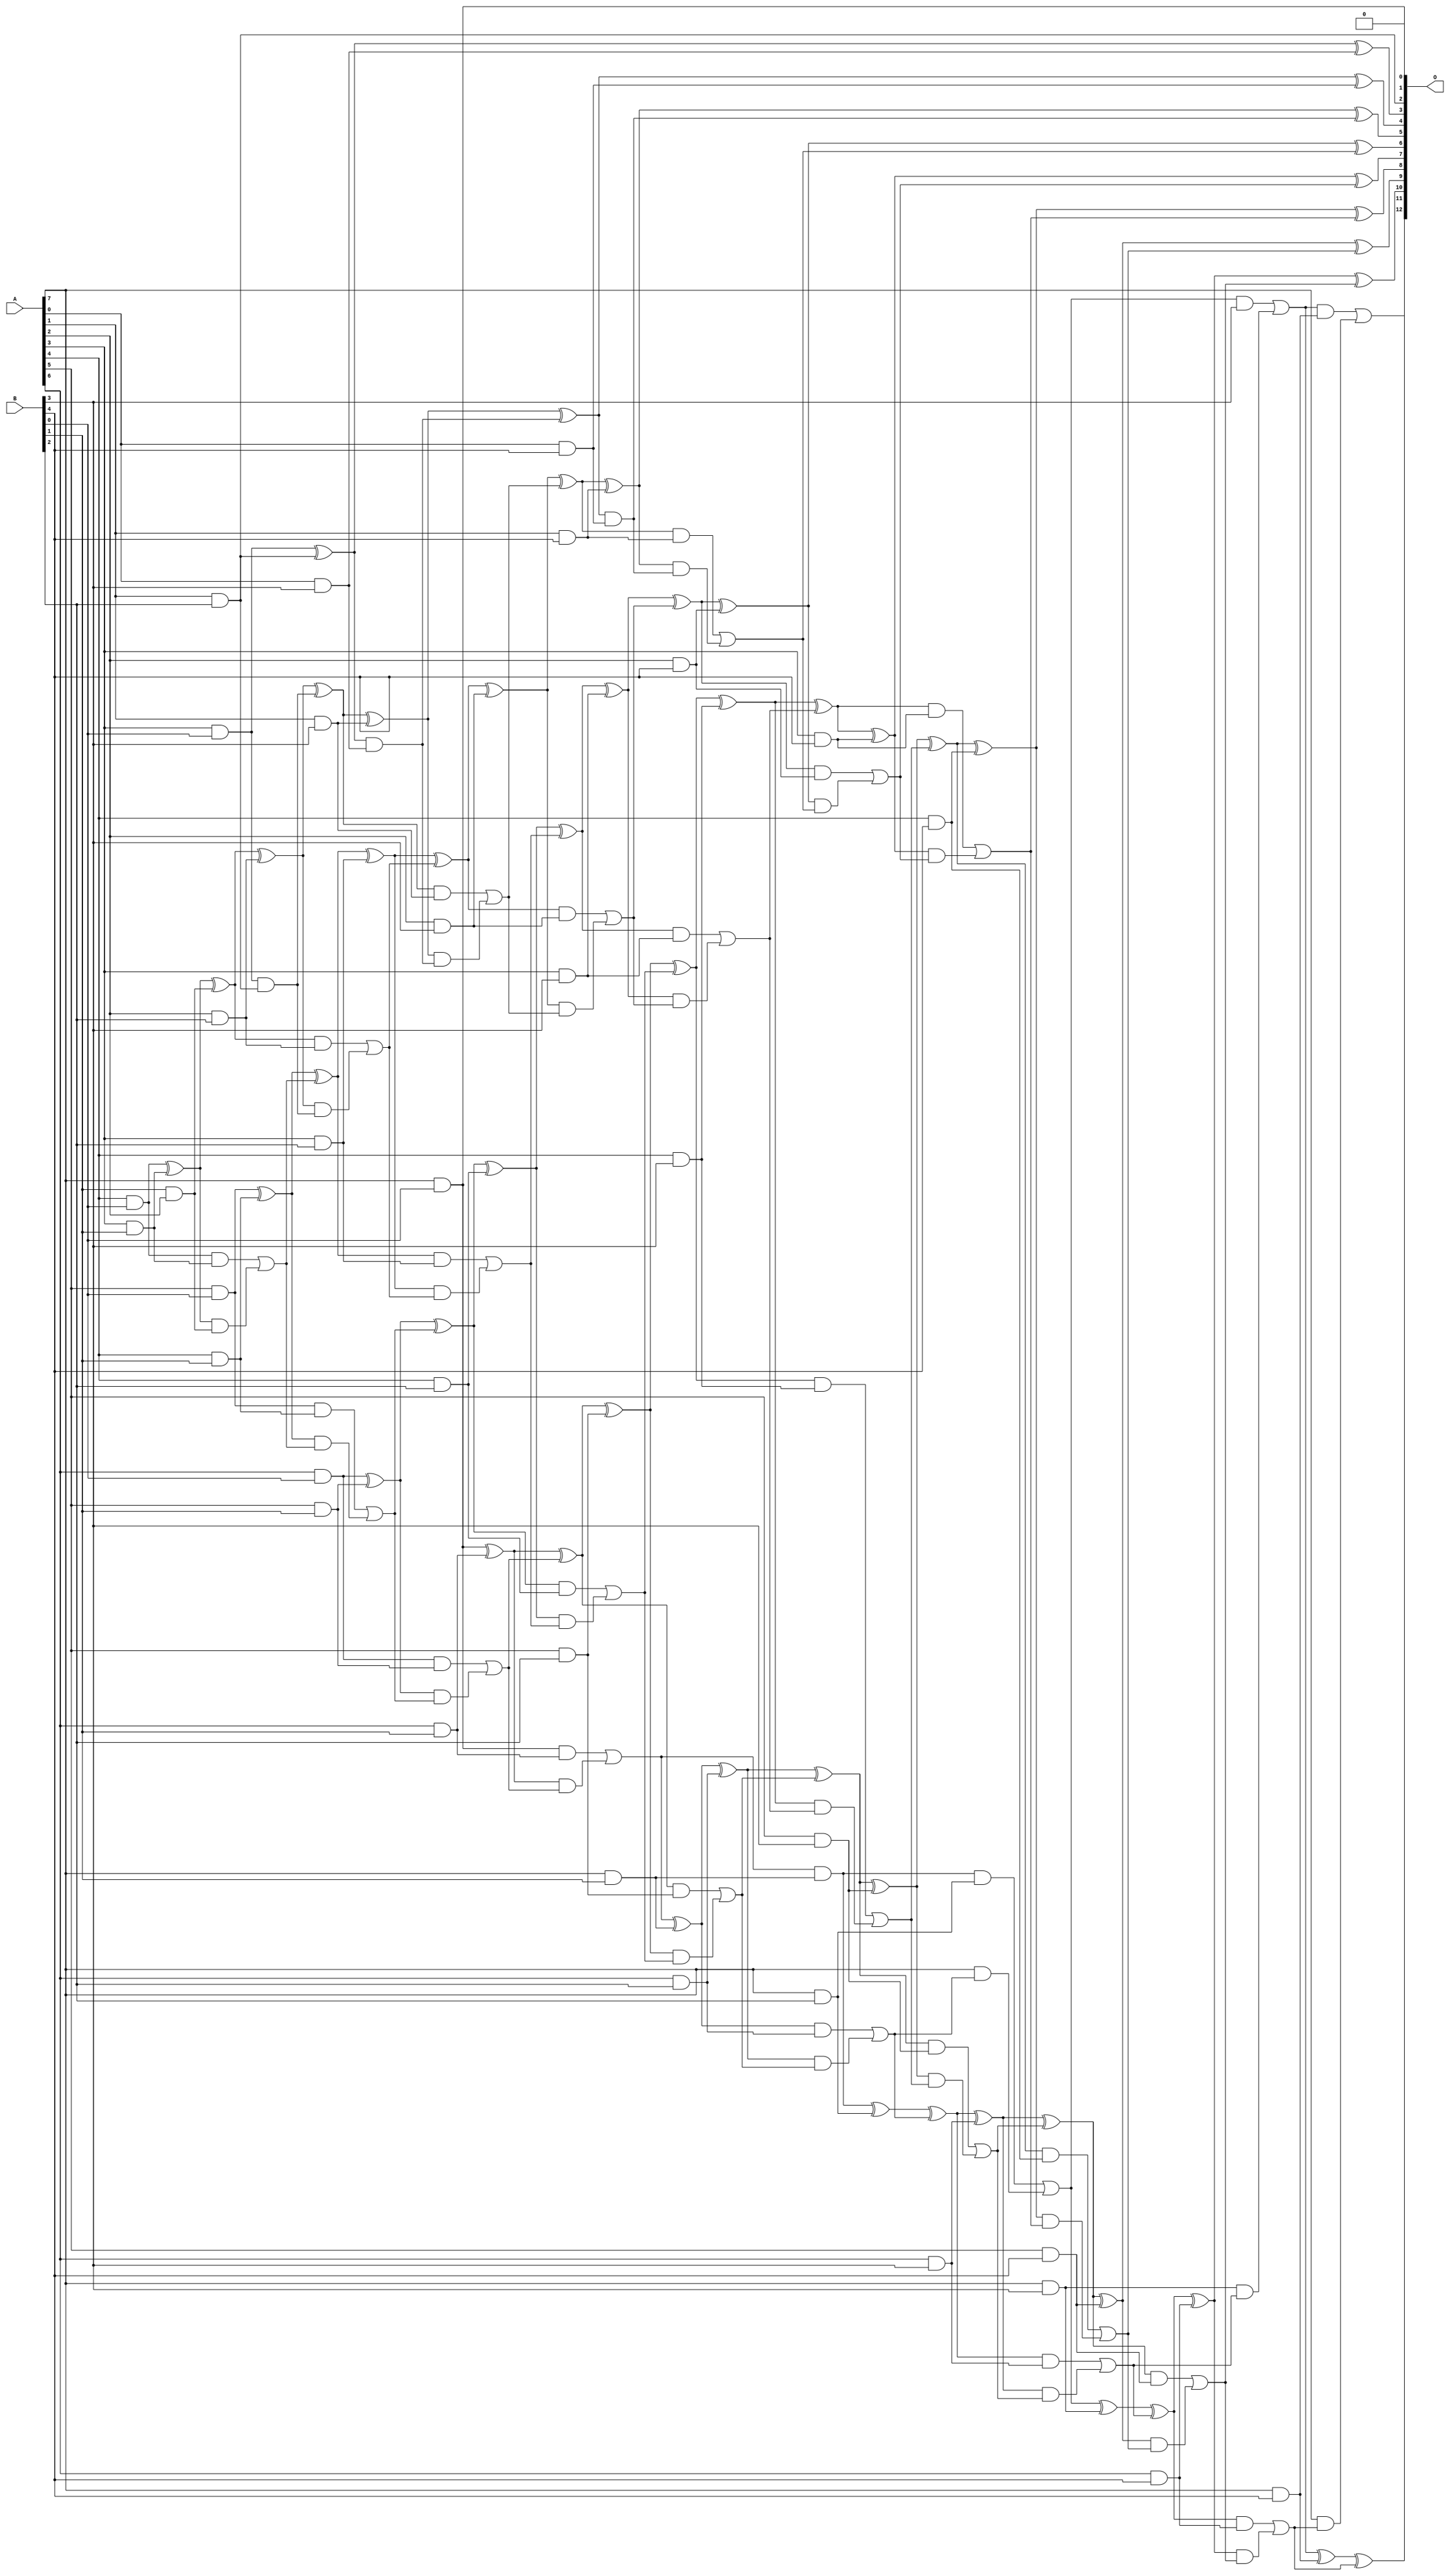
// This program was cloned from: https://github.com/ehw-fit/evoapproxlib
// License: MIT License

/***
* This code is a part of EvoApproxLib library (ehw.fit.vutbr.cz/approxlib) distributed under The MIT License.
* When used, please cite the following article(s): V. Mrazek, L. Sekanina, Z. Vasicek "Libraries of Approximate Circuits: Automated Design and Application in CNN Accelerators" IEEE Journal on Emerging and Selected Topics in Circuits and Systems, Vol 10, No 4, 2020 
* This file contains a circuit from a sub-set of pareto optimal circuits with respect to the pwr and ep parameters
***/
// MAE% = 0.036 %
// MAE = 3.0 
// WCE% = 0.11 %
// WCE = 9.0 
// WCRE% = 100.00 %
// EP% = 70.31 %
// MRE% = 1.03 %
// MSE = 16 
// PDK45_PWR = 0.176 mW
// PDK45_AREA = 367.9 um2
// PDK45_DELAY = 1.19 ns

module mul8x5u_3BF (
    A,
    B,
    O
);

input [7:0] A;
input [4:0] B;
output [12:0] O;

wire sig_16,sig_17,sig_18,sig_19,sig_20,sig_24,sig_25,sig_26,sig_27,sig_28,sig_30,sig_32,sig_41,sig_43,sig_44,sig_45,sig_46,sig_47,sig_48,sig_49;
wire sig_50,sig_51,sig_52,sig_53,sig_54,sig_55,sig_56,sig_57,sig_58,sig_59,sig_60,sig_61,sig_62,sig_64,sig_65,sig_66,sig_67,sig_68,sig_69,sig_70;
wire sig_73,sig_74,sig_78,sig_79,sig_80,sig_81,sig_82,sig_83,sig_84,sig_85,sig_86,sig_87,sig_88,sig_89,sig_90,sig_91,sig_92,sig_93,sig_94,sig_95;
wire sig_96,sig_97,sig_98,sig_99,sig_100,sig_101,sig_102,sig_103,sig_104,sig_105,sig_106,sig_107,sig_108,sig_109,sig_110,sig_111,sig_112,sig_113,sig_114,sig_115;
wire sig_116,sig_117,sig_118,sig_119,sig_120,sig_121,sig_122,sig_123,sig_124,sig_125,sig_126,sig_127,sig_128,sig_129,sig_130,sig_131,sig_132,sig_133,sig_134,sig_135;
wire sig_136,sig_137,sig_138,sig_139,sig_140,sig_141,sig_142,sig_143,sig_144,sig_145,sig_146,sig_147,sig_148,sig_149,sig_150,sig_151,sig_152,sig_153,sig_154,sig_155;
wire sig_156,sig_157,sig_158,sig_159,sig_160,sig_161,sig_162,sig_163,sig_164,sig_165,sig_166,sig_167,sig_168,sig_169,sig_170,sig_171,sig_172,sig_173,sig_174,sig_175;
wire sig_176,sig_177,sig_178,sig_179,sig_180,sig_181,sig_182,sig_183,sig_184,sig_185,sig_186,sig_187,sig_188,sig_189,sig_190,sig_191,sig_192,sig_193,sig_194,sig_195;
wire sig_196,sig_197;

assign sig_16 = A[3] & B[0];
assign sig_17 = A[4] & B[0];
assign sig_18 = A[5] & B[0];
assign sig_19 = A[6] & B[0];
assign sig_20 = A[7] & B[0];
assign sig_24 = A[3] & B[1];
assign sig_25 = A[4] & B[1];
assign sig_26 = A[5] & B[1];
assign sig_27 = A[6] & B[1];
assign sig_28 = A[7] & B[1];
assign sig_30 = sig_17 & sig_24;
assign sig_32 = B[1] & A[2];
assign sig_41 = sig_17 ^ sig_24;
assign sig_43 = sig_41 & sig_32;
assign sig_44 = sig_41 ^ sig_32;
assign sig_45 = sig_30 | sig_43;
assign sig_46 = sig_18 ^ sig_25;
assign sig_47 = sig_18 & sig_25;
assign sig_48 = sig_46 & sig_45;
assign sig_49 = sig_46 ^ sig_45;
assign sig_50 = sig_47 | sig_48;
assign sig_51 = sig_19 ^ sig_26;
assign sig_52 = sig_19 & sig_26;
assign sig_53 = sig_51 & sig_50;
assign sig_54 = sig_51 ^ sig_50;
assign sig_55 = sig_52 | sig_53;
assign sig_56 = sig_20 ^ sig_27;
assign sig_57 = sig_20 & sig_27;
assign sig_58 = sig_56 & sig_55;
assign sig_59 = sig_56 ^ sig_55;
assign sig_60 = sig_57 | sig_58;
assign sig_61 = sig_60 & sig_28;
assign sig_62 = sig_60 ^ sig_28;
assign sig_64 = A[1] & B[2];
assign sig_65 = A[2] & B[2];
assign sig_66 = A[3] & B[2];
assign sig_67 = A[4] & B[2];
assign sig_68 = A[5] & B[2];
assign sig_69 = A[6] & B[2];
assign sig_70 = A[7] & B[2];
assign sig_73 = sig_16 ^ sig_64;
assign sig_74 = sig_16 & sig_64;
assign sig_78 = sig_44 ^ sig_65;
assign sig_79 = sig_44 & sig_65;
assign sig_80 = sig_78 & sig_74;
assign sig_81 = sig_78 ^ sig_74;
assign sig_82 = sig_79 | sig_80;
assign sig_83 = sig_49 ^ sig_66;
assign sig_84 = sig_49 & sig_66;
assign sig_85 = sig_83 & sig_82;
assign sig_86 = sig_83 ^ sig_82;
assign sig_87 = sig_84 | sig_85;
assign sig_88 = sig_54 ^ sig_67;
assign sig_89 = sig_54 & sig_67;
assign sig_90 = sig_88 & sig_87;
assign sig_91 = sig_88 ^ sig_87;
assign sig_92 = sig_89 | sig_90;
assign sig_93 = sig_59 ^ sig_68;
assign sig_94 = sig_59 & sig_68;
assign sig_95 = sig_93 & sig_92;
assign sig_96 = sig_93 ^ sig_92;
assign sig_97 = sig_94 | sig_95;
assign sig_98 = sig_62 ^ sig_69;
assign sig_99 = sig_62 & sig_69;
assign sig_100 = sig_98 & sig_97;
assign sig_101 = sig_98 ^ sig_97;
assign sig_102 = sig_99 | sig_100;
assign sig_103 = sig_61 ^ sig_70;
assign sig_104 = sig_61 & sig_70;
assign sig_105 = A[7] & sig_102;
assign sig_106 = sig_103 ^ sig_102;
assign sig_107 = sig_104 | sig_105;
assign sig_108 = A[0] & B[3];
assign sig_109 = A[1] & B[3];
assign sig_110 = A[2] & B[3];
assign sig_111 = A[3] & B[3];
assign sig_112 = A[4] & B[3];
assign sig_113 = A[5] & B[3];
assign sig_114 = A[6] & B[3];
assign sig_115 = A[7] & B[3];
assign sig_116 = sig_73 & sig_108;
assign sig_117 = sig_73 ^ sig_108;
assign sig_118 = sig_81 ^ sig_109;
assign sig_119 = sig_81 & sig_109;
assign sig_120 = sig_118 & sig_116;
assign sig_121 = sig_118 ^ sig_116;
assign sig_122 = sig_119 | sig_120;
assign sig_123 = sig_86 ^ sig_110;
assign sig_124 = sig_86 & sig_110;
assign sig_125 = sig_123 & sig_122;
assign sig_126 = sig_123 ^ sig_122;
assign sig_127 = sig_124 | sig_125;
assign sig_128 = sig_91 ^ sig_111;
assign sig_129 = sig_91 & sig_111;
assign sig_130 = sig_128 & sig_127;
assign sig_131 = sig_128 ^ sig_127;
assign sig_132 = sig_129 | sig_130;
assign sig_133 = sig_96 ^ sig_112;
assign sig_134 = sig_96 & sig_112;
assign sig_135 = sig_133 & sig_132;
assign sig_136 = sig_133 ^ sig_132;
assign sig_137 = sig_134 | sig_135;
assign sig_138 = sig_101 ^ sig_113;
assign sig_139 = sig_101 & sig_113;
assign sig_140 = sig_138 & sig_137;
assign sig_141 = sig_138 ^ sig_137;
assign sig_142 = sig_139 | sig_140;
assign sig_143 = sig_106 ^ sig_114;
assign sig_144 = sig_106 & sig_114;
assign sig_145 = sig_143 & sig_142;
assign sig_146 = sig_143 ^ sig_142;
assign sig_147 = sig_144 | sig_145;
assign sig_148 = sig_107 ^ sig_115;
assign sig_149 = sig_107 & B[3];
assign sig_150 = sig_115 & sig_147;
assign sig_151 = sig_148 ^ sig_147;
assign sig_152 = sig_149 | sig_150;
assign sig_153 = A[0] & B[4];
assign sig_154 = A[1] & B[4];
assign sig_155 = A[2] & B[4];
assign sig_156 = A[3] & B[4];
assign sig_157 = A[4] & B[4];
assign sig_158 = A[5] & B[4];
assign sig_159 = A[6] & B[4];
assign sig_160 = A[7] & B[4];
assign sig_161 = sig_121 & sig_153;
assign sig_162 = sig_121 ^ sig_153;
assign sig_163 = sig_126 ^ sig_154;
assign sig_164 = sig_126 & sig_154;
assign sig_165 = sig_163 & sig_161;
assign sig_166 = sig_163 ^ sig_161;
assign sig_167 = sig_164 | sig_165;
assign sig_168 = sig_131 ^ sig_155;
assign sig_169 = sig_131 & sig_155;
assign sig_170 = sig_168 & sig_167;
assign sig_171 = sig_168 ^ sig_167;
assign sig_172 = sig_169 | sig_170;
assign sig_173 = sig_136 ^ sig_156;
assign sig_174 = sig_136 & sig_156;
assign sig_175 = sig_173 & sig_172;
assign sig_176 = sig_173 ^ sig_172;
assign sig_177 = sig_174 | sig_175;
assign sig_178 = sig_141 ^ sig_157;
assign sig_179 = sig_141 & sig_157;
assign sig_180 = sig_178 & sig_177;
assign sig_181 = sig_178 ^ sig_177;
assign sig_182 = sig_179 | sig_180;
assign sig_183 = sig_146 ^ sig_158;
assign sig_184 = sig_146 & sig_158;
assign sig_185 = sig_183 & sig_182;
assign sig_186 = sig_183 ^ sig_182;
assign sig_187 = sig_184 | sig_185;
assign sig_188 = sig_151 ^ sig_159;
assign sig_189 = sig_151 & sig_159;
assign sig_190 = sig_188 & sig_187;
assign sig_191 = sig_188 ^ sig_187;
assign sig_192 = sig_189 | sig_190;
assign sig_193 = sig_152 ^ sig_160;
assign sig_194 = sig_152 & sig_160;
assign sig_195 = A[7] & sig_192;
assign sig_196 = sig_193 ^ sig_192;
assign sig_197 = sig_194 | sig_195;

assign O[12] = sig_197;
assign O[11] = sig_196;
assign O[10] = sig_191;
assign O[9] = sig_186;
assign O[8] = sig_181;
assign O[7] = sig_176;
assign O[6] = sig_171;
assign O[5] = sig_166;
assign O[4] = sig_162;
assign O[3] = sig_117;
assign O[2] = sig_64;
assign O[1] = sig_20;
assign O[0] = 1'b0;

endmodule